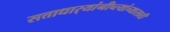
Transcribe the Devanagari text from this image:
सत्ताधार्‍यांनीच्त्यांच्यासाठी